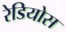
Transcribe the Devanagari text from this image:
रेडियोस